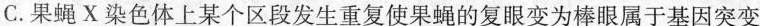
C.果蝇X染色体上某个区段发生重复使果蝇的复眼变为棒眼属于基因突变